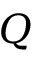
Q